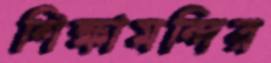
শিক্ষামন্দির